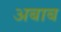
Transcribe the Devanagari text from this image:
अबाब